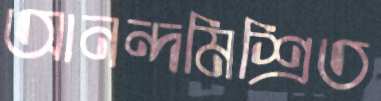
আনন্দমিশ্রিত